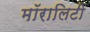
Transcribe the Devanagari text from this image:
मॉरालिटी